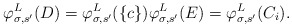
\begin{align*}\varphi^L_{\sigma, s'}(D) = \varphi^L_{\sigma, s'}(\{c\}) \varphi^L_{\sigma, s'}(E) = \varphi^L_{\sigma, s'}(C_i).\end{align*}